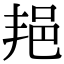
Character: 邫